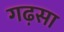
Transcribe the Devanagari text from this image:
गढ़सा